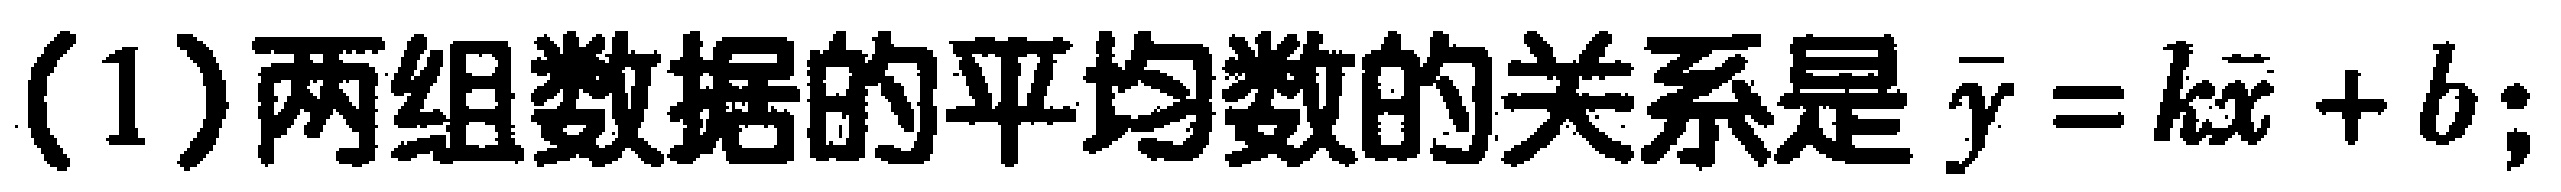
(1)两组数据的平均数的关系是$\overline{y}=k\overline{x}+b$;